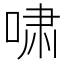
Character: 啸